Report on vaccination in Madras 1904-1921 - 1904-1921
Year: 1904
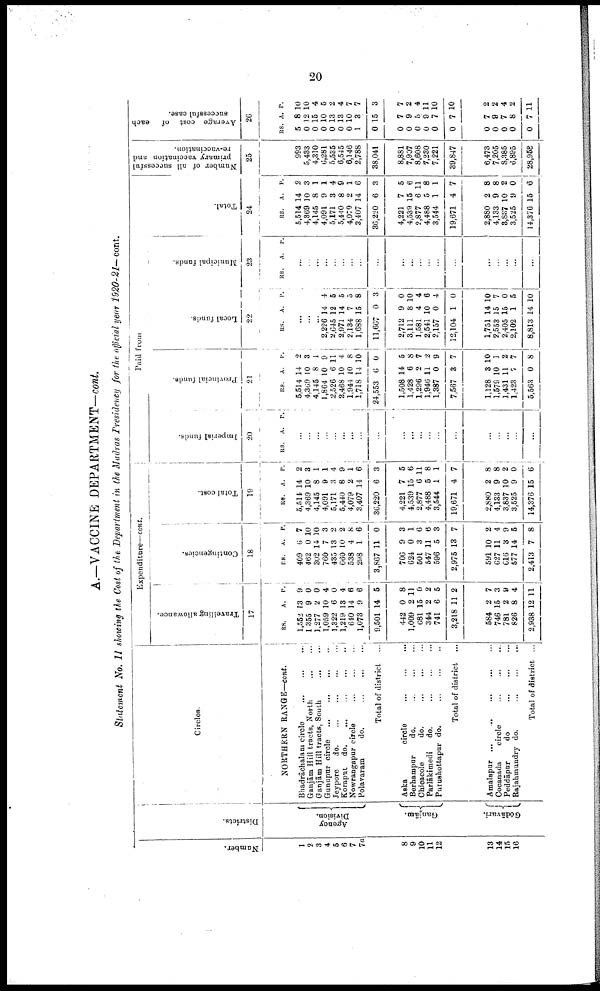
20
A.—VACCINE DEPARTMENT—cont.
Statement No. II showing the Cost of the Department in the Madras Presidency for the official year 1920-21— cont.
Number.
1
2
3
4
5
6
7
7a
8
9
10
11
12
13
14
15
16
Districts.
Agency
Division.
Ganjām.
Godāvari.
Circles.
NORTHERN RANGE—cont.
Bhadrāchalam circle
...
...
...
Ganjām Hill tracts, North ...
Ganjām Hill tracts, South
...
...
Gunupur circle
...
...
...
...
Jeypore
d
o
. ... ... ... ...
Koraput d
o
. ... ... ... ...
Nowrangapur circle
...
...
...
Polavaram
do.
...
...
...
Total of district
...
Aska
circle
...
...
...
Berhampur
do.
...
...
...
Chicacole
do.
...
...
...
Parlākimedi
do.
...
...
...
Purushottapur do.
...
...
...
Total of district ...
Amalapur
...
...
...
...
...
Cocanada
circle
...
...
...
Peddāpur
do
...
...
...
Rajahmundry do.
...
...
...
Total of district ...
Expenditure—cont.
Travelling allowance.
17
RS.
1,553
1,355
1,277
1,059
1,322
1,219
610
1,073
9,501
442
1,009
681
344
741
3,218
584
746
781
826
2,938
A.
13
9
2
10
6
13
14
9
14
0
2
15
2
6
11
2
15
2
8
12
P.
9
0
0
4
0
4
6
6
5
8
11
0
2
5
2
7
3
9
4
11
Contingencies.
18
RS.
409
462
302
760
435
660
538
298
3,867
706
624
501
547
596
2,975
591
627
616
577
2,413
A.
6
0
14
7
13
10
4
1
11
9
0
3
11
5
13
10
11
3
14
7
P.
7
10
10
3
2
2
8
6
0
3
1
6
6 3
7
2
4
9
5
8
Total cost.
19
RS.
5,514
4,369
4,145
4,091
5,171
5,440
4,079
3,407
36,220
4,221
4,539
2,877
4,488
3,544
19,671
2,880
4,133
3,837
3,525
14,376
A.
14
10
8
9
3
8
2
14
6
7
15
6
5
1
4
2
9
10
9
15
P.
2
3
1
1
4
9
1
6
3
5
6
11
8
1
7
8
8
2
0
6
Paid from
Imperial funds.
20
RS. A. P.
...
...
...
...
...
...
...
...
...
...
...
...
...
...
...
...
...
...
...
...
Provincial funds.
21
RS.
5,514
4,369
4,145
1,864
2,526
2,468
1,944
1,718
24,553
1,508
1,428
1,296
1,946
1,387
7,567
1,128
1,579
1,431
1,423
5,563
A.
14
10
8
10
6
10
10
14
6
14
6
2
11
0
3
3
10
11
7
0
P.
2
3
1
9
11
4
8
10
0
5
8
7
2
9
7
10
1
2
7
8
Local funds.
22
RS. A. P.
...
...
...
2,226
2,645
2,971
2,134
1,688
11,667
2,712
3,111
1,581
2,541
2,157
12,104
1,751
2,553
2,405
2,102
8,813
14
12
14
7
15
0
9
8
4
10
0
1
14
15
15
1
14
4
5
5
5
8
3
0
10
4
6
4
0
10
7
0
5
10
Municipal funds.
23
RS.
A. P.
...
...
...
...
...
...
...
...
...
...
...
...
...
...
...
...
...
...
...
...
Total.
24
RS.
6,514
4,369
4,145
4,091
5,171
5,440
4,079
3,407
36,220
4,221
4,539
2,877
4,488
3,544
19,671
2,880
4,133
8,837
3,525
14,376
A.
14
10
8
9
3
8
2
14
6
7
15
6
5
1
4
2
9
10
9
15
P.
2
3
1
1
4
9
1
6
3
5
6
11
8
1
7
8
8
2
0
6
Number of all successful
primary vaccination and
re-vaccination.
25
993
5,433
4,310
6,281
5,535
6,545
6,146
2,788
38,041
8,881
7,907
8,608
7,230
7,221
39,847
6,473
7,205
8,385
6,895
28,958
Average cost of
each
successful case.
26
RS
5
0
0
0
0
0
0
1
0
0
0
0
0
0
0
0
0
0
0
0
A.
8
12
15
10
13
13
10
3
15
7
9
5
9
7
7
7
9
7
8
7
P.
10
10
4
5
2
4
7
7
3
7
2
4
11
10
10
2
2
4
2
11